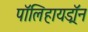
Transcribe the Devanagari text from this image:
पॉलिहायड्रॉन